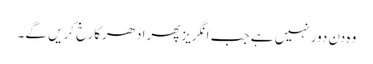
وہ دن دورنہیں ہے جب انگریزپھرادھرکارخ کریں گے۔